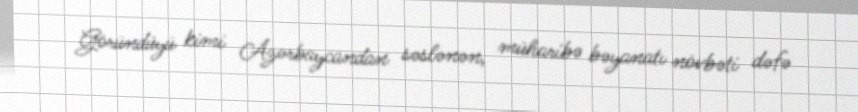
Göründüyü kimi Azərbaycandan səslənən, müharibə bəyanatı növbəti dəfə